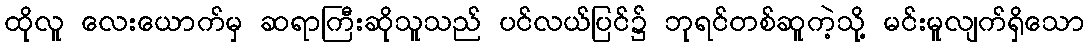
ထိုလူ လေးယောက်မှ ဆရာကြီးဆိုသူသည် ပင်လယ်ပြင်၌ ဘုရင်တစ်ဆူကဲ့သို့ မင်းမူလျက်ရှိသော